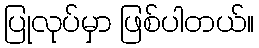
ပြုလုပ်မှာ ဖြစ်ပါတယ်။